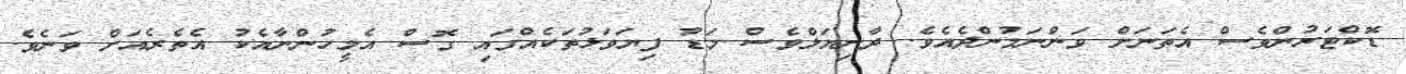
ޑޮކްޓަރުންވެސް އެތަނަށް ވަންނަމުންދެއެވެ. ދާނިޔަލްވެސް މަޑު ފިޔަވަޅުތަކެއްގައި ގޮސް އެމީހުންނާއެކު އެތެރެއަށް ވަނެވެ.